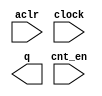
module four_bit_counter_enable (
	aclr,
	clock,
	cnt_en,
	q);

	input	  aclr;
	input	  clock;
	input	  cnt_en;
	output	[3:0]  q;

endmodule